Lunatic asylums Punjab 1895-1910 - 1895-1910
Year: 1895
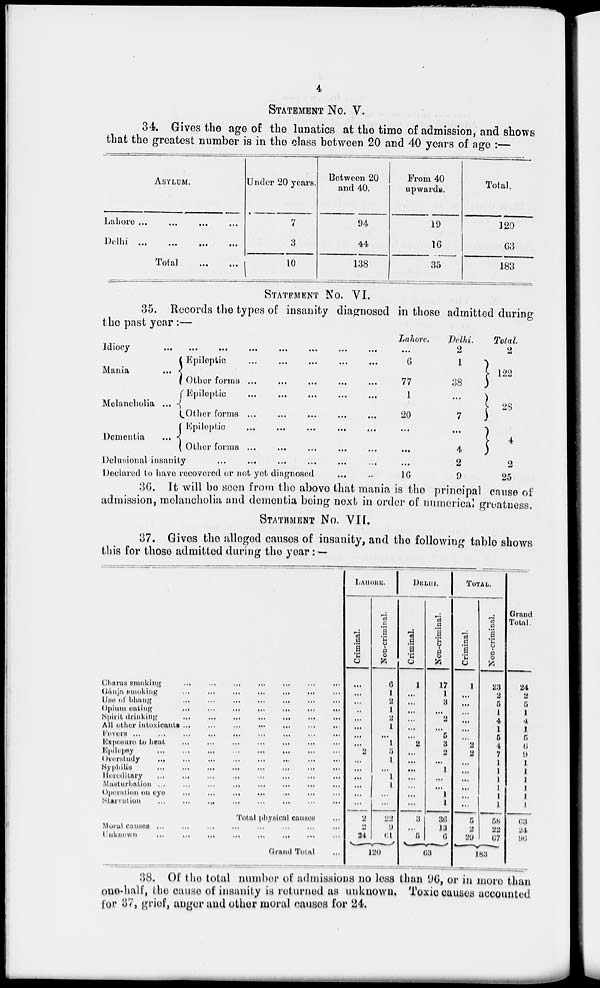
4
STATEMENT No. V.
34. Gives the age of the lunatics at the time of admission, and shows
that the greatest number is in the class between 20 and 40 years of age :—
ASYLUM.
Lahore
...
...
...
...
Delhi ... ... ... ...
Total
...
...
Under 20 years.
7
3
10
Between 20
and 40.
94
44
138
From 40
upwards.
19
16
35
Total.
120
63
183
STATEMENT No. VI.
35. Records the types of insanity diagnosed in those admitted during
the past year:—
Idiocy
...
...
...
...
...
...
...
...
Mania
...
Melancholia ...
Dementia
...
Epileptic
...
...
...
...
...
Other forms ... ... ... ... ...
Epileptic
...
...
...
...
...
Other forms
...
...
...
...
...
Epileptic
...
...
...
...
...
Other forms
...
...
...
...
...
Delusional insanity
...
...
...
...
...
Declared to have recovered or not yet diagnosed
Lahore.
...
6
77
1
20
...
...
...
16
Delhi.
2
1
38
...
7
...
4
2
9
Total.
2
122
28
4
2
25
36. It will be seen from the above that mania is the principal cause of
admission, melancholia and dementia being next in order of numerical greatness.
STATEMENT No. VII.
37. Gives the alleged causes of insanity, and the following table shows
this for those admitted during the year :.—
Charas smoking
...
...
...
...
...
...
...
Gánja smoking
...
...
...
...
...
...
...
Use of bhang
...
...
...
...
...
...
...
Opium
eating
...
...
...
...
...
...
...
Spirit drinking
...
...
...
...
...
...
...
All other intoxicants ... ... ... ... ... ... ...
Fevers ... ... ... ... ... ... ...
Exposure to heat ... ... ... ... ... ... ...
Epilepsy
...
...
...
...
...
...
...
Overstudy
...
...
...
...
...
...
...
Syphilis
...
...
...
...
...
...
...
Hereditary
...
...
...
...
...
...
...
Masturbation
...
...
...
...
...
...
...
Operation on eye
...
...
...
...
...
...
...
Starvation
...
...
...
...
...
...
...
Total physical causes ...
Moral causes ... ... ... ... ... ... ...
Unknown
...
...
...
...
...
...
...
Grand Total ...
LAHORE.
Criminal.
...
...
...
..
...
...
...
...
2
...
...
...
...
...
...
2
2
24
Non-criminal.
6
1
2
1
2
1
...
1
5
1
...
1
1
...
...
22
9
61
120
DELHI.
Criminal.
1
...
...
...
...
...
...
2
...
...
...
...
...
...
...
3
...
5
Non-criminal.
17
1
3
...
2
...
5
3
2
...
1
...
...
1
1
36
13
6
63
TOTAL.
Criminal.
1
...
...
...
...
...
...
2
2
...
...
...
...
...
...
5
2
29
Non-criminal
23
2
5
1
4
1
5
4
7
1
1
1
1
1
1
58
22
67
183
Grand
Total.
24
2
5
1
4
1
5
6
9
1
1
1
1
1
1
63
24
96
38. Of the total number of admissions no less than 96, or in more than
one-half, the cause of insanity is returned as unknown. Toxic causes accounted
for 37, grief, anger and other moral causes for 24.